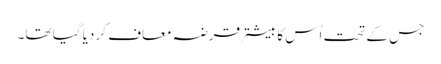
جس کے تحت اُس کا بیشتر قرضہ معاف کر دیا گیا تھا۔